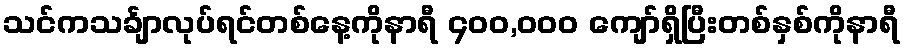
သင်ကသင်္ချာလုပ်ရင်တစ်နေ့ကိုနာရီ ၄၀၀,၀၀၀ ကျော်ရှိပြီးတစ်နှစ်ကိုနာရီ